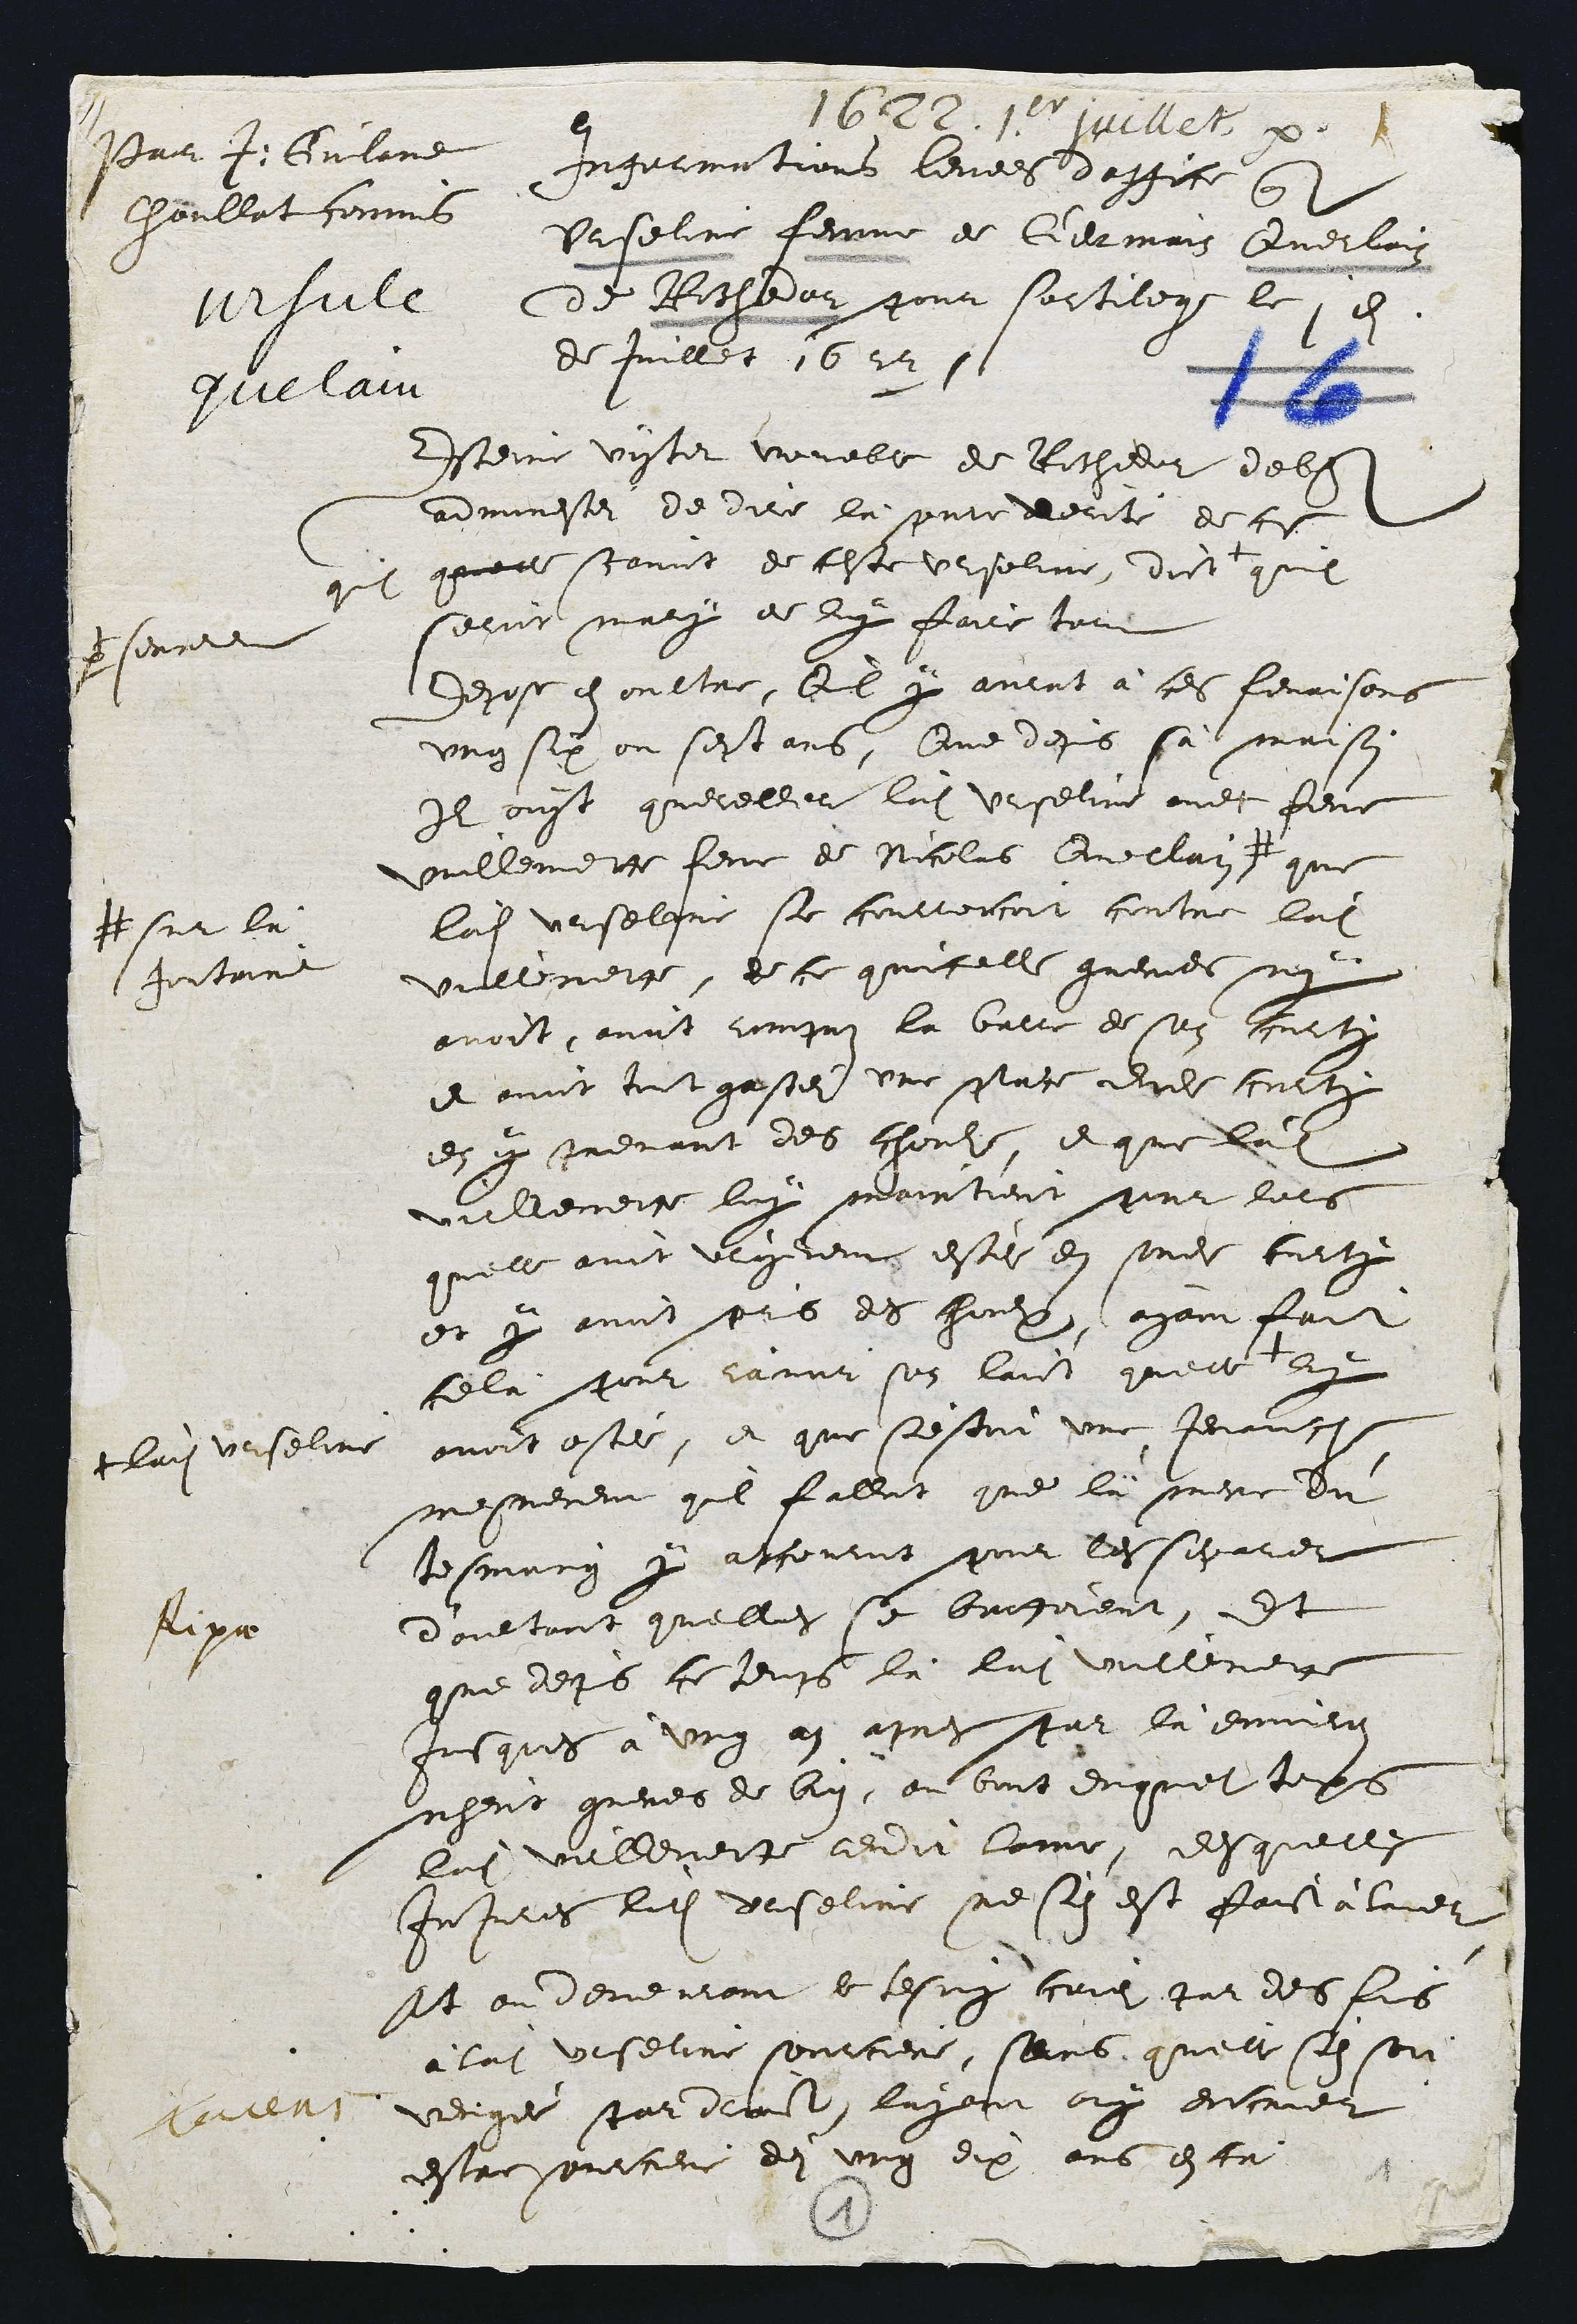
Paur J. Guland
Choullat commiel
vrsule
Guelau

1622. Jer juillet. .
Infermitions levees d’office quel
Urseline feme de Germain Querlain
de Richedor pour sortilege le 1 n
de Juillet 16221.

Esteine viyter vouable de Richedor de bit
adminester de dire là peere derité de ce
quil quelle scavoit de ceste Urisoline, dict
par senre
quil
sehoit mary de luy faire tout
Depose en oultre, Il y aurat à ces fenaisons
ung six ou sestans, Que depis sa maison
Il oiyt quereller ladite Urseline avec feue
Vuillemette feme de Nicolas Quellain #
# sur la
fortaine
que
ladite Urselgne se courrencoit contre ladite
Vullemerge, de ce quicelle gueries ny
avoit, avoit rompus la barre de son courti
et avoit tout gaste une pluce dudit curty
en y prenant des chouls, et que ladite
Vullemente luy maintient pour lors
quelle avoit vrigeremts estei en sondit curty
et y avoit pris des houlx, ayant fait
celà pour ravoir son laict quelle
+ ladite Urselin
ly
avoit ostéé, et que s'estoit une Jenauct
mesmement quil fallut que là mere du
tesmoing y accouroit pour les separier
d'aultant quelles se bropoient, Et
que depuis ce temps là ladite Vullemeit
jusques à ung an apres par la emmire
nheut greves de bin, ou bout duquel toips
ladite vullemette cendit lome, desquelles
Injures ladite Urseline ne sen est faict alaie
At ou demeurant le tesmny coiei par des los
à ladite Urseline sourciere, sans, quelle sen son
vengéé par droict, layant ouy dncruer
estre sourciere den ung dix ans enta

fipa

2
1